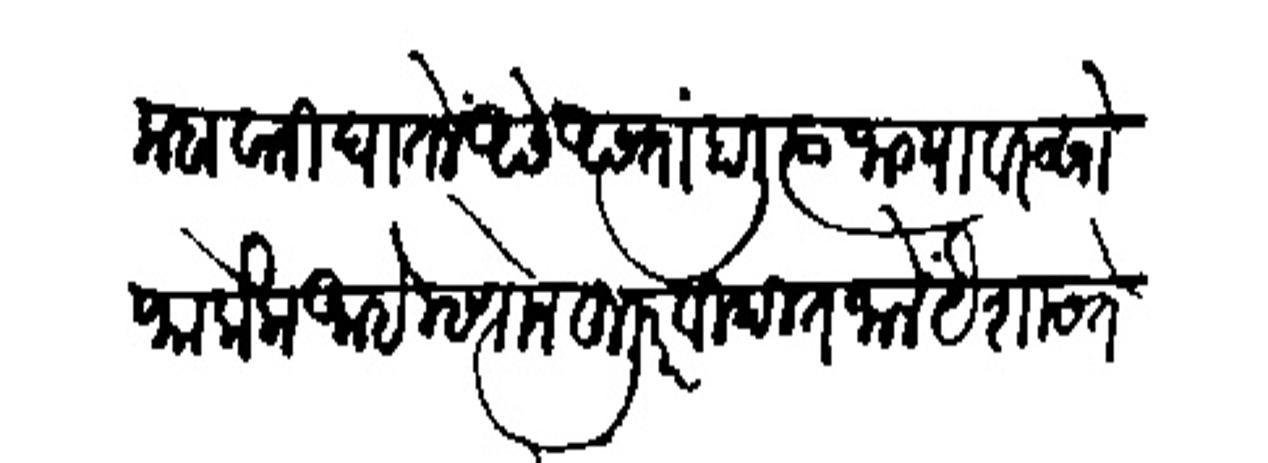
Transliteration (Devanagari): मबावानी घातलें असें असतां हाली त्या जाग्यावर सोफा केला आहे म्हणोन हजूर विदित जालें येशास ते